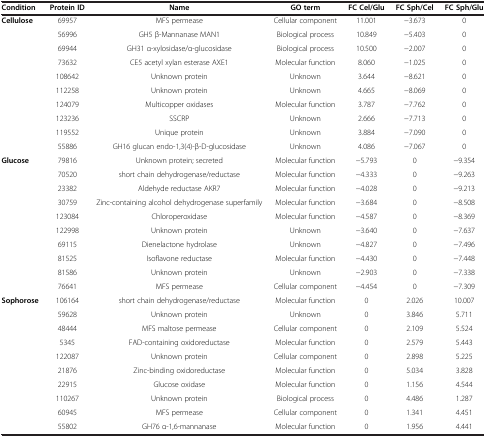
<table><thead><tr><td><b>Condition</b></td><td><b>Protein ID</b></td><td><b>Name</b></td><td><b>GO term</b></td><td><b>FC Cel/Glu</b></td><td><b>FC Sph/Cel</b></td><td><b>FC Sph/Glu</b></td></tr></thead><tbody><tr><td rowspan="10"><b>Cellulose</b></td><td>69957</td><td>MFS permease</td><td>Cellular component</td><td>11.001</td><td>-3.673</td><td>0</td></tr><tr><td>56996</td><td>GH5 β-Mannanase MAN1</td><td>Biological process</td><td>10.849</td><td>-5.403</td><td>0</td></tr><tr><td>69944</td><td>GH31 α-xylosidase/α-glucosidase</td><td>Biological process</td><td>10.500</td><td>-2.007</td><td>0</td></tr><tr><td>73632</td><td>CE5 acetyl xylan esterase AXE1</td><td>Molecular function</td><td>8.060</td><td>-1.025</td><td>0</td></tr><tr><td>108642</td><td>Unknown protein</td><td>Unknown</td><td>3.644</td><td>-8.621</td><td>0</td></tr><tr><td>112258</td><td>Unknown protein</td><td>Unknown</td><td>4.665</td><td>-8.069</td><td>0</td></tr><tr><td>124079</td><td>Multicopper oxidases</td><td>Molecular function</td><td>3.787</td><td>-7.762</td><td>0</td></tr><tr><td>123236</td><td>SSCRP</td><td>Unknown</td><td>2.666</td><td>-7.713</td><td>0</td></tr><tr><td>119552</td><td>Unique protein</td><td>Unknown</td><td>3.884</td><td>-7.090</td><td>0</td></tr><tr><td>55886</td><td>GH16 glucan endo-1,3(4)-β-D-glucosidase</td><td>Unknown</td><td>4.086</td><td>-7.067</td><td>0</td></tr><tr><td rowspan="10"><b>Glucose</b></td><td>79816</td><td>Unknown protein; secreted</td><td>Molecular function</td><td>-5.793</td><td>0</td><td>-9.354</td></tr><tr><td>70520</td><td>short chain dehydrogenase/reductase</td><td>Molecular function</td><td>-4.333</td><td>0</td><td>-9.263</td></tr><tr><td>23382</td><td>Aldehyde reductase AKR7</td><td>Molecular function</td><td>-4.028</td><td>0</td><td>-9.213</td></tr><tr><td>30759</td><td>Zinc-containing alcohol dehydrogenase superfamily</td><td>Molecular function</td><td>-3.684</td><td>0</td><td>-8.508</td></tr><tr><td>123084</td><td>Chloroperoxidase</td><td>Molecular function</td><td>-4.587</td><td>0</td><td>-8.369</td></tr><tr><td>122998</td><td>Unknown protein</td><td>Unknown</td><td>-3.640</td><td>0</td><td>-7.637</td></tr><tr><td>69115</td><td>Dienelactone hydrolase</td><td>Unknown</td><td>-4.827</td><td>0</td><td>-7.496</td></tr><tr><td>81525</td><td>Isoflavone reductase</td><td>Molecular function</td><td>-4.430</td><td>0</td><td>-7.448</td></tr><tr><td>81586</td><td>Unknown protein</td><td>Unknown</td><td>-2.903</td><td>0</td><td>-7.338</td></tr><tr><td>76641</td><td>MFS permease</td><td>Cellular component</td><td>-4.454</td><td>0</td><td>-7.309</td></tr><tr><td rowspan="10"><b>Sophorose</b></td><td>106164</td><td>short chain dehydrogenase/reductase</td><td>Molecular function</td><td>0</td><td>2.026</td><td>10.007</td></tr><tr><td>59628</td><td>Unknown protein</td><td>Unknown</td><td>0</td><td>3.846</td><td>5.711</td></tr><tr><td>48444</td><td>MFS maltose permease</td><td>Cellular component</td><td>0</td><td>2.109</td><td>5.524</td></tr><tr><td>5345</td><td>FAD-containing oxidoreductase</td><td>Molecular function</td><td>0</td><td>2.579</td><td>5.443</td></tr><tr><td>122087</td><td>Unknown protein</td><td>Cellular component</td><td>0</td><td>2.898</td><td>5.225</td></tr><tr><td>21876</td><td>Zinc-binding oxidoreductase</td><td>Molecular function</td><td>0</td><td>5.034</td><td>3.828</td></tr><tr><td>22915</td><td>Glucose oxidase</td><td>Molecular function</td><td>0</td><td>1.156</td><td>4.544</td></tr><tr><td>110267</td><td>Unknown protein</td><td>Biological process</td><td>0</td><td>4.486</td><td>1.287</td></tr><tr><td>60945</td><td>MFS permease</td><td>Cellular component</td><td>0</td><td>1.341</td><td>4.451</td></tr><tr><td>55802</td><td>GH76 α-1,6-mannanase</td><td>Molecular function</td><td>0</td><td>1.956</td><td>4.441</td></tr></tbody></table>